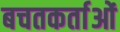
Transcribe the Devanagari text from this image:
बचतकर्ताओं